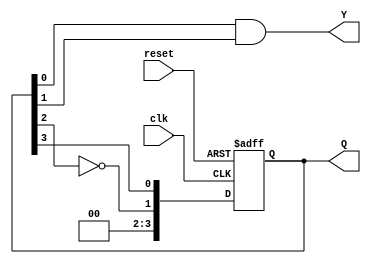
module johnson_counter #(
    parameter N = 4 // Number of flip-flops (adjustable)
)(
    input wire clk,      // Clock input
    input wire reset,    // Asynchronous reset
    output reg [N-1:0] Q, // Current state output
    output reg Y          // Output based on the current state
);

// State transition logic
always @(posedge clk or posedge reset) begin
    if (reset) begin
        Q <= 0; // Reset state to 0
    end else begin
        Q <= {~Q[N-2], Q[N-1:N-1]}; // Johnson counter logic
    end
end

// Output logic (Moore output)
always @(*) begin
    // Example output logic, can be modified as needed
    Y = Q[0] & Q[1]; // Example output based on states
end

endmodule